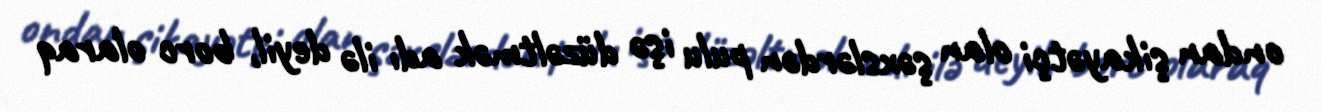
ondan şikayətçi olan şəxslərdən pulu işə düzəltmək adı ilə deyil, borc olaraq